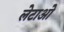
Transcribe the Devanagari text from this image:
लेटाओ